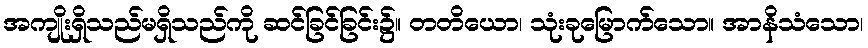
အကျိုးရှိသည်မရှိသည်ကို ဆင်ခြင်ခြင်း၌။ တတိယော၊ သုံးခုမြောက်သော။ အာနိသံသော၊